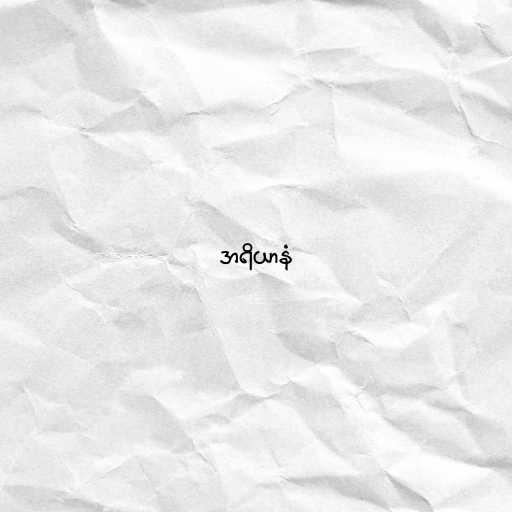
အရိယာနံ